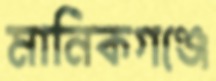
মানিকগঞ্জে